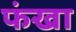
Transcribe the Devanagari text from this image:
फंखा